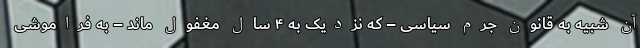
آن شبیه به قانون جرم سیاسی – که نزدیک به ۴ سال مغفول ماند – به فراموشی